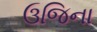
ઉજિના